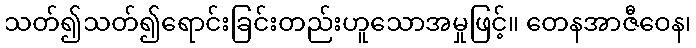
သတ်၍သတ်၍ရောင်းခြင်းတည်းဟူသောအမှုဖြင့်။ တေနအာဇီဝေန၊